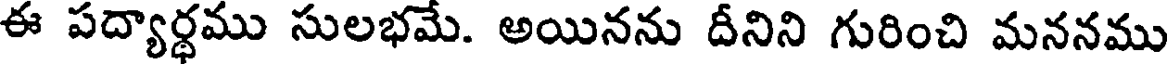
ఈ పద్యార్థము సులభమే. అయినను దీనిని గురించి మననము